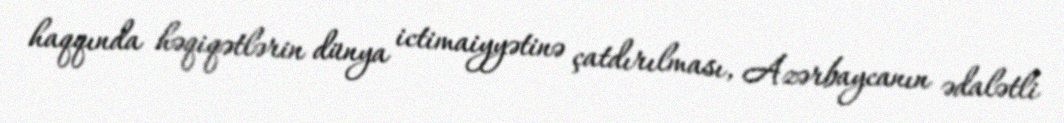
haqqında həqiqətlərin dünya ictimaiyyətinə çatdırılması, Azərbaycanın ədalətli